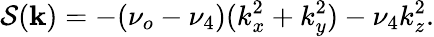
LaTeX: \mathcal{S}(\mathbf{k})=-(\nu_{o}-\nu_{4})(k_{x}^{2}+k_{y}^{2})-\nu_{4}k_{z}^{2}.